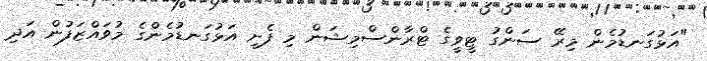
"އަޅުގަނޑުމެން މިރޭ ސަންގު ޓީވީގެ ޓްރާންސްމިޝަން މި ފެށީ އަޅުގަނޑުމެންގެ މުވައްޒަފުން އަދި